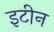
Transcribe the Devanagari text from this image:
इटीन